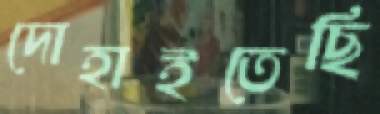
দোহাইতেছি